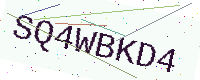
Text: SQ4WBKD4